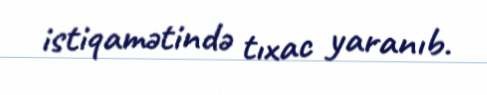
istiqamətində tıxac yaranıb.